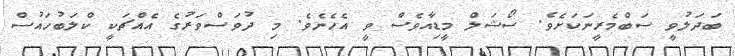
ބަދަލުވީ ސަބްމެރީނަކަށެވެ. ސޯޝަލް މީޑިއާވެސް ވީ އެހެނެވެ. މި ދުވަސްވަރުގެ އެއްޗަކީ ކްލަބުހައުސް